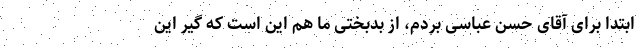
ابتدا برای آقای حسن عباسی بردم، از بدبختی ما هم این است که گیر این